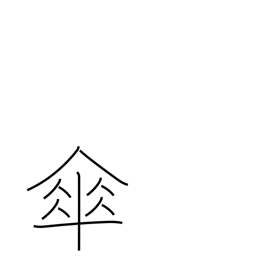
Meaning: umbrella